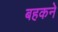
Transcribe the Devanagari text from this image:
बहकने